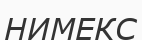
НИМЕКС